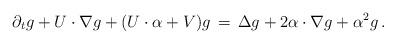
LaTeX: \begin{align*} \partial_t g + U\cdot\nabla g + (U\cdot\alpha + V)g \,=\, \Delta g + 2\alpha\cdot \nabla g + \alpha^2 g\,.\end{align*}